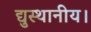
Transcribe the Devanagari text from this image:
द्युस्थानीय।